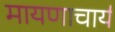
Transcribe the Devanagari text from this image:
मायणाचार्य